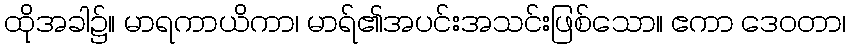
ထိုအခါ၌။ မာရကာယိကာ၊ မာရ်၏အပင်းအသင်းဖြစ်သော။ ဧကာ ဒေဝတာ၊